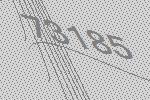
73185